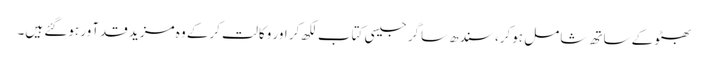
بھٹو کے ساتھ شامل ہوکر، سندھ ساگر جیسی کتاب لکھ کر اور وکالت کرکے وہ مزید قدآور ہوگئے ہیں۔